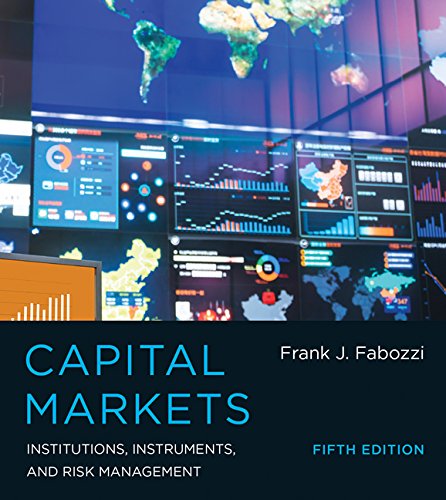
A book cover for Capital Markets: Institutions, Instruments, and Risk Management; Frank J. Fabozzi; Business & Money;